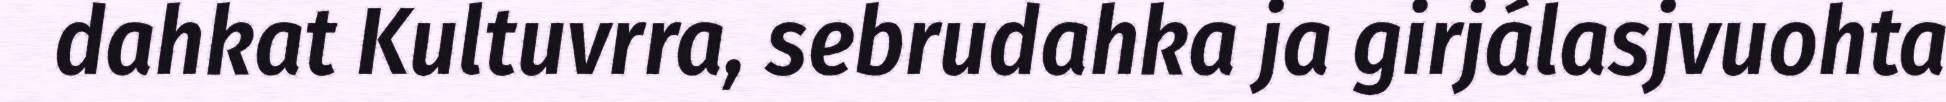
dahkat Kultuvrra, sebrudahka ja girjálasjvuohta